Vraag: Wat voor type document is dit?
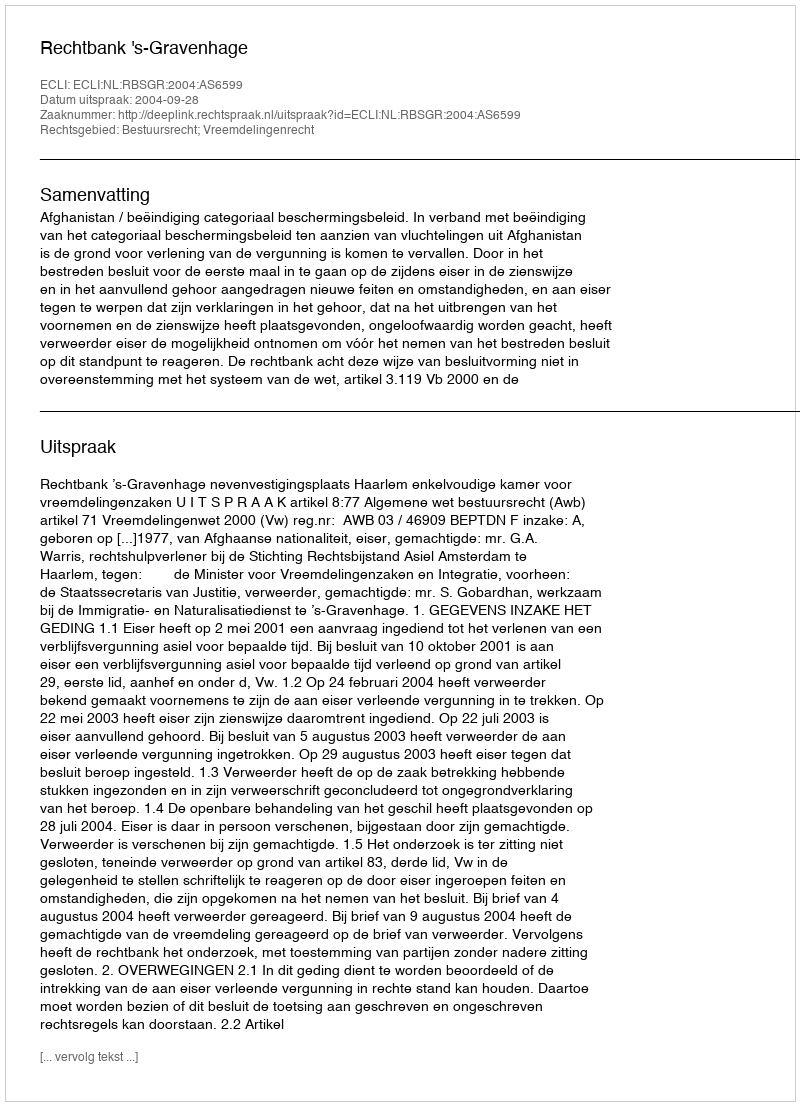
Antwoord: Uitspraak